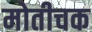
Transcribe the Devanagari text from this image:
मोतीचक